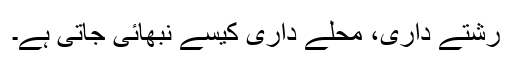
رشتے داری، محلے داری کیسے نبھائی جاتی ہے۔